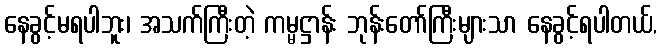
နေခွင့်မရပါဘူး၊ အသက်ကြီးတဲ့ ကမ္မဋ္ဌာန်း ဘုန်းတော်ကြီးများသာ နေခွင့်ရပါတယ်,